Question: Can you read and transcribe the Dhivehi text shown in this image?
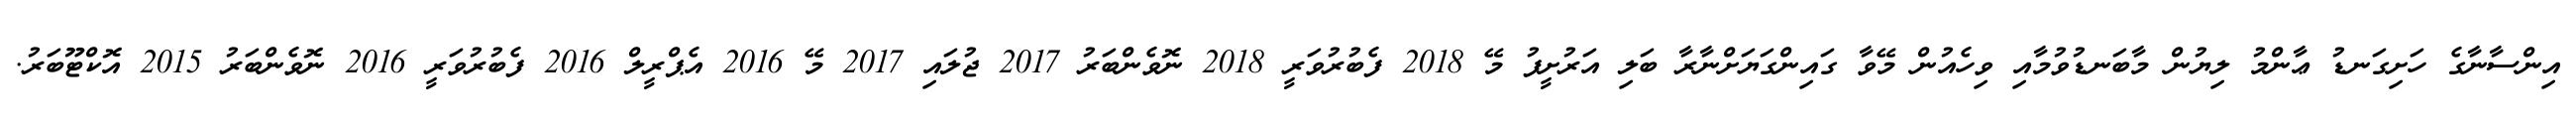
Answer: އިންސާނާގެ ހަށިގަނޑު ޢާންމު ލިޔުން މާބަނޑުވުމާއި ވިހެއުން މޭވާ ގައިންގަޔަށްނާރާ ބަލި އަރުށީފު މޭ 2018 ފެބުރުވަރީ 2018 ނޮވެންބަރު 2017 ޖުލައި 2017 މޭ 2016 އެޕްރީލް 2016 ފެބުރުވަރީ 2016 ނޮވެންބަރު 2015 އޮކްޓޫބަރު.